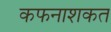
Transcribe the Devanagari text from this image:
कफनाशकत